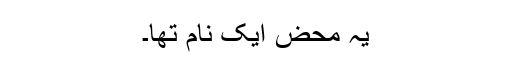
یہ محض ایک نام تھا۔